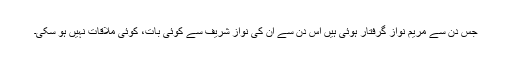
جس دن سے مریم نواز گرفتار ہوئی ہیں اس دن سے ان کی نواز شریف سے کوئی بات، کوئی ملاقات نہیں ہو سکی۔